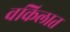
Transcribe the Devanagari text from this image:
वकिलात